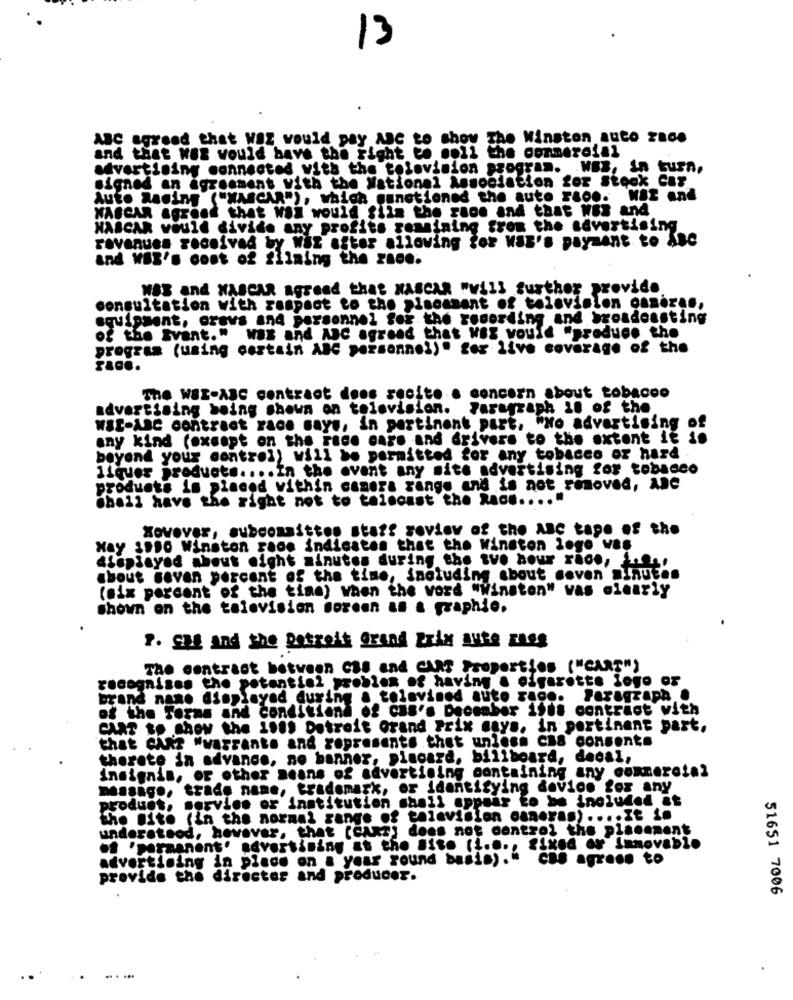
13
ABC agreed that WAZ would pay ABC to show The Winston auto zace
the commercial
and that was would have the right to moli
advertising connected with the television program. WEB, in turn,
signed an Agreement with the National Association for Stock Caf
Auto Racing ("WASCAR"), which ganetioned the auto raoo. Wat and
WASCAR agreed that Wal would fiin the race and that was and
NASCAR would divide any profits remaining from the advertising
revenues received by Wal after allowing for MSB's payment to ABC
and WEB's cost of filming the zace.
WBS and WASCAR agreed that NASCAR "Vill further provide
consultation with respect to the placament of television canezan,
equipment, oravs and personnel for the recording and broadcasting
of the Event." wax and ABC agreed that WBZ would "produce the
program (using certain ABC personnel)" for live coverage of the
The WER-ABC contract doos recite . concern about tobacco
advertising being shown on television. Paragraph 10 of the
wSE-ABC contract race says, in pertinent part. "No advertising of
any kind (except on the Face care and drivers to the extent it is
beyond your control) will be permitted for any tobacco of hard
ilquer products .... In the event any site advertising for tobacco
products is placed vithin camera range and is not removed, And
shall have the right not to telecast the Race .... "
Xovever, subconsitton start review of the ABC tape of the
May 19Do Winston game indicates that the Winston logo vas
dieplayed about might minutes during the two hour race, infer
about seven percent of the time, including about doven »Inutes
(six percent of the time) when the vord "Winston" vas oiearly
shown on the talevision soreen an & graphie.
". Sag and the patreit grand Prix Au38 EReg
The contract between Cas and CART Properties ("CART")
recognizes the potential problem of having a elgerette logo or
brand name displayed during a televised auto zago. Paragraph .
of the Terms and conditions of cas's December ists contract with
CART to show the 1989 Detroit Grand Prix mays. in pertinent past,
that CAR? "warrants and represents that unless Cas consente
therete in advance, no banner, pincard, billboard, decal,
insignis, or other means of advertising containing any commercial
massage, trade name, trademark, or identifying device for any
produes, service or institution shall appear to be included at
the Bite (in the normal range of television canoras) .... It is
understood, however, that (CART) does not control the placement
. 'permanent'
advertising at the Site (i ..., fixed or Immovable
advertising in place on a year round basis).
Cas agrese to
provide the director and producer.
51651 7006
.. ...